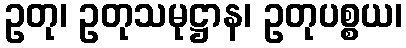
ဥတု၊ ဥတုသမုဋ္ဌာန၊ ဥတုပစ္စယ၊